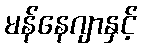
မန်နေဂျာနှင့်